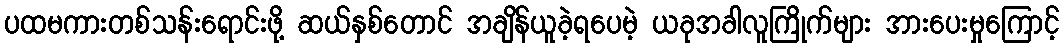
ပထမကားတစ်သန်းရောင်းဖို့ ဆယ်နှစ်တောင် အချိန်ယူခဲ့ရပေမဲ့ ယခုအခါလူကြိုက်များ အားပေးမှုကြောင့်